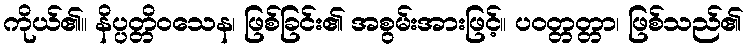
ကိုယ်၏။ နိပ္ပတ္တိဝသေန၊ ဖြစ်ခြင်း၏ အစွမ်းအားဖြင့်။ ပဝတ္တတ္တာ၊ ဖြစ်သည်၏